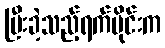
ပြီးခဲ့သည့်ရက်ပိုင်းက